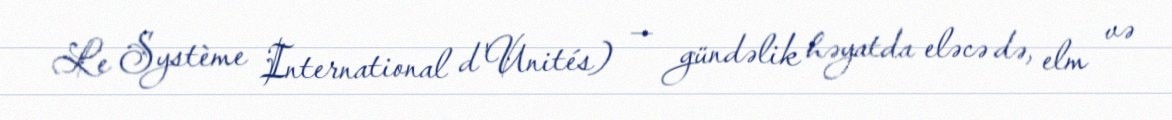
Le Système International d'Unités) — gündəlik həyatda eləcə də, elm və